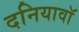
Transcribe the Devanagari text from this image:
दनियावॉ